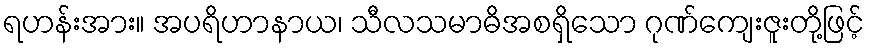
ရဟန်းအား။ အပရိဟာနာယ၊ သီလသမာဓိအစရှိသော ဂုဏ်ကျေးဇူးတို့ဖြင့်